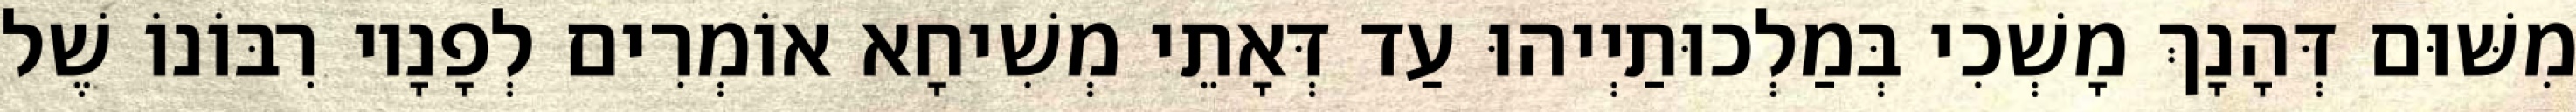
מִשּׁוּם דְּהָנָךְ מָשְׁכִי בְּמַלְכוּתַיְיהוּ עַד דְּאָתֵי מְשִׁיחָא אוֹמְרִים לְפָנָיו רִבּוֹנוֹ שֶׁל